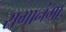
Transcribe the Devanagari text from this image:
रागानंगा